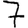
Digit: 7